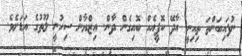
ނުފައިބަންތަ ތިއިނީ އާދޭ ކޮފީއެއް ބޮއިގެން ދާން. އިޒްޔާން ސިހުނީ ލޫތުގެ އަޑަށެވެ.